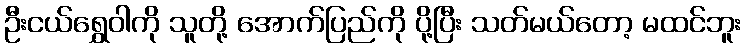
ဦးငယ်ရွှေဝါကို သူတို့ အောက်ပြည်ကို ပို့ပြီး သတ်မယ်တော့ မထင်ဘူး